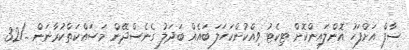
ސާފް އަށްފަހު އޮންލައިންކޮށް ޓިކެޓު ވިއްކުންކަހަލަ ބައެއް ބަދަލު ގެނެސްދޭން މަސަައްކަތްކުރާނަން. ../32